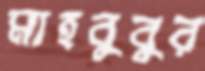
মাহবুবুর